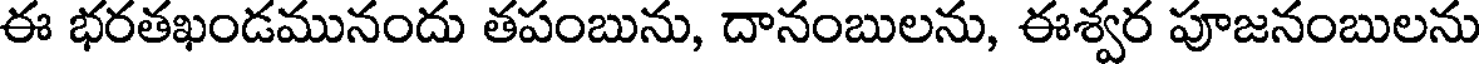
ఈ భరతఖండమునందు తపంబును, దానంబులను, ఈశ్వర పూజనంబులను